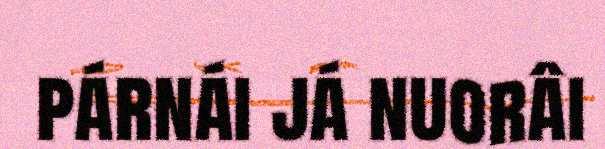
párnái já nuorâi